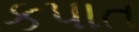
કપાત